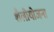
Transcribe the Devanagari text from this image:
शैलीयोजना